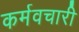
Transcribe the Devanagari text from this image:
कर्मवचारी